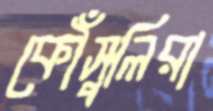
কৌঁসুলিরা